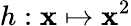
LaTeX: h:\mathbf{x}\mapsto\mathbf{x}^{2}